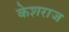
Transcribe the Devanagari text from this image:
केशराज